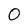
Character: 0